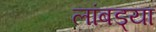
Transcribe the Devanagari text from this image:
लांबड्या